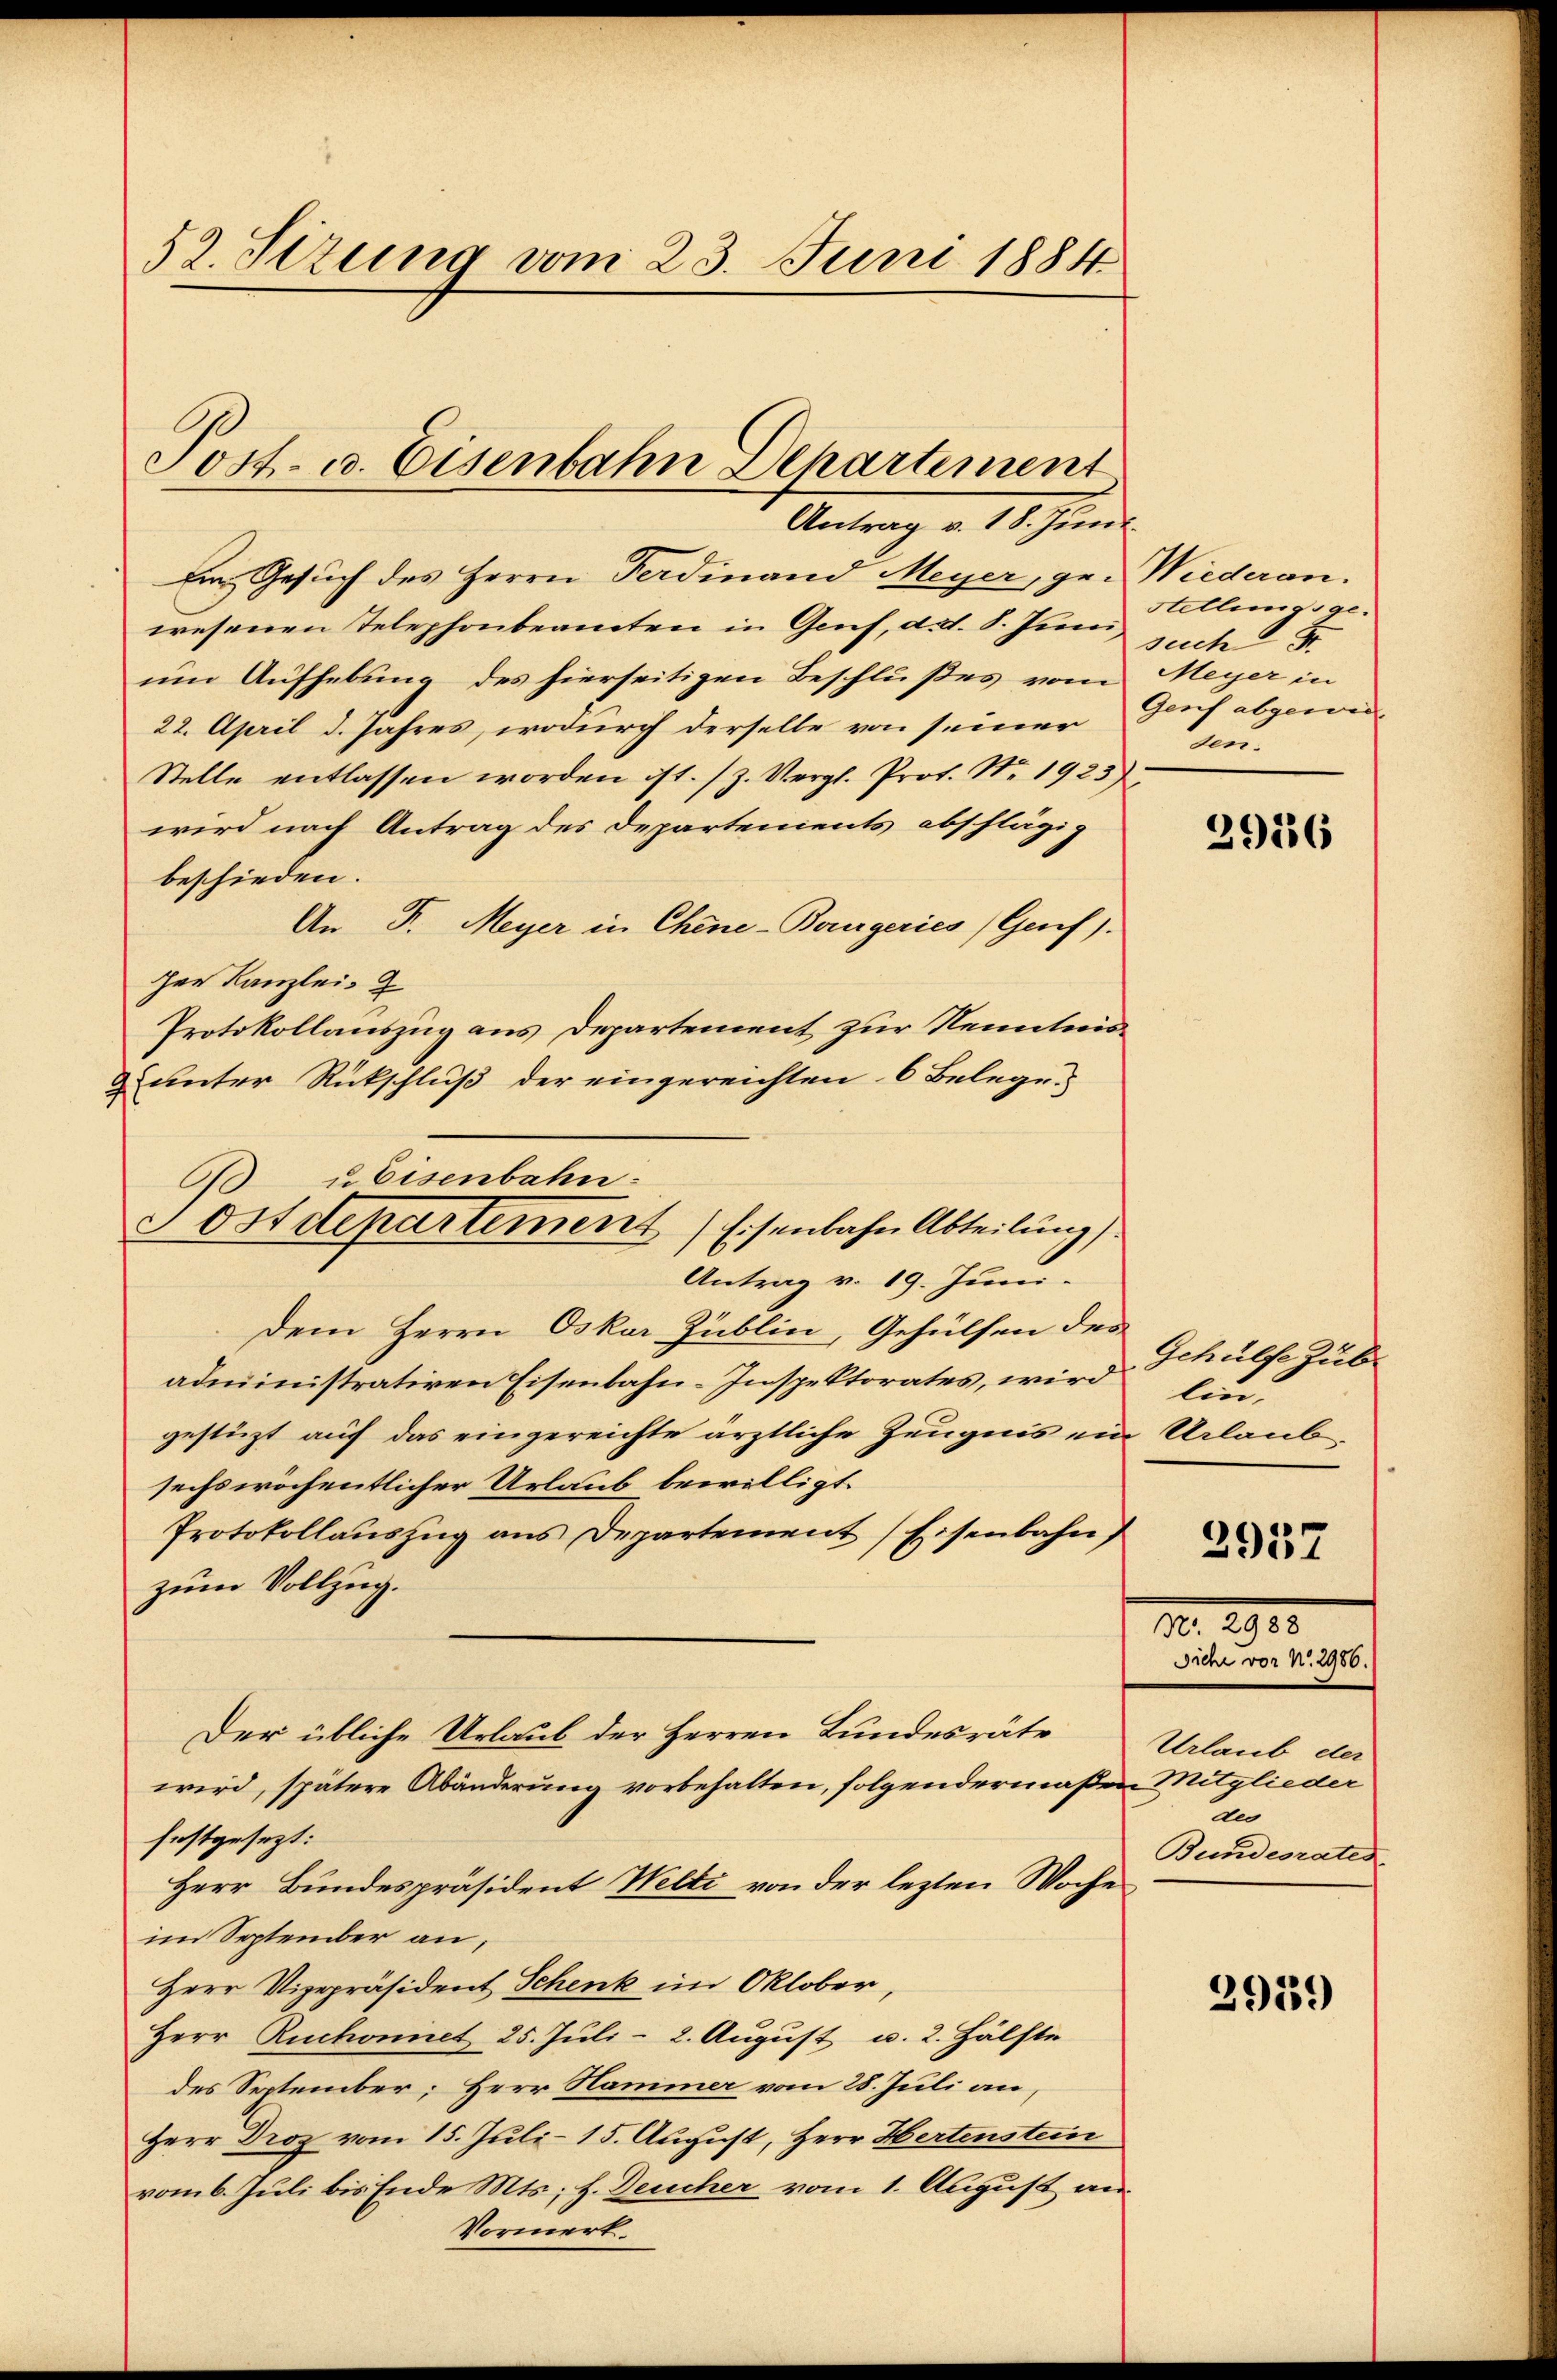
52. Sizung vom 23. Juni 1884

Post- u. Eisenbahn Departement

60 u. Eisenbahn-
ostdepartement) Eisenbahn Abteilung
Antrag v. 19. Juni.

Antrag v. 18. Juni.
Ein Gesuch des Herrn Ferdinand Meyer, gewesenen Telephonbeamten in Genf, d.d. 8. Juni,
um Aufhebung des hierseitigen Beschlußes vom
22. April d. Jahres, wodurch derselbe von seiner
Stelle entlassen worden ist. (Z. Vergl. Prof. Nr. 1923
wird nach Antrag des Departements abschlägig
beschieden.
An F. Meyer in Chine-Bergeries Genf).
zer Kanzlei- &
Protokollauszug aus Departement zur Kenntnis¬
& unter Rückschluß der eingereichten 6 Belege.
Dem Herrn Oskar Hublin, Gehülfen des
administrativen Eisenbahn-Inspektorates, wird lin,
gestüzt auf das eingereichte ärztliche Zeugnis ein Urlaub-
sechswöchentlicher Urlaub bewilligt.
Protokollauszug aus Departement Eisenbahn)
zum Vollzug.
Der übliche Urlaub der Herren Bundesräte
wird, spätere Abänderung vorbehalten, folgendermaßen Mitglieder
festgesezt:
Herr Bundespräsident Welti von der lezten Woche
im September an,
Herr Vizepräsident Schenk im Oktober,
Herr Ruchonnet 25. Juli - 2. August u. 2. Hälfte
des September; Herr Hammer vom 28. Juli an,
Herr Droz vom 15. Juli 15. August, Herr Hertenstein
vom 6. Juli bis Ende Mts; f. Deucher vom 1. August an
Vormerk.

Wiederan.
Stellungsgesuch
Meyer in
Genf abgewieun

2916

Gehülfe zub
No. 2925.
Siche vor N. 2986.)
Urlaub der
zn
Bundesraten

2937

2939